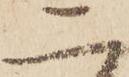
二